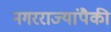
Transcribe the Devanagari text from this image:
नगरराज्यांपैकी